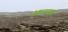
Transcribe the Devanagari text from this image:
आत्मयज्ञ